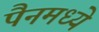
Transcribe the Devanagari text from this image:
पैनमध्ये